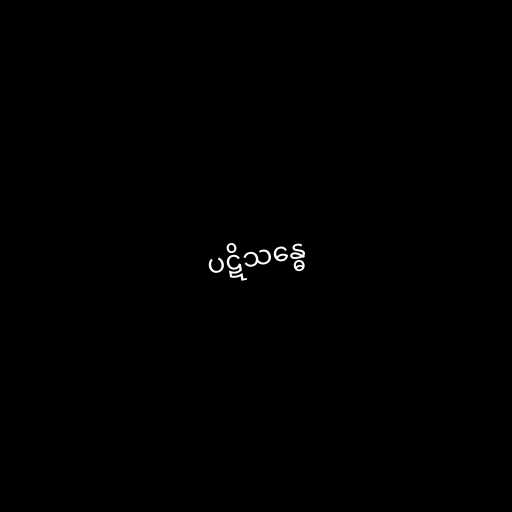
ပဋိသန္ဓေ